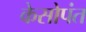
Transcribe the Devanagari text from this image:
केसोपंत